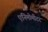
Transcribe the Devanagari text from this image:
एनिमोमीटर